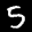
Label: 5